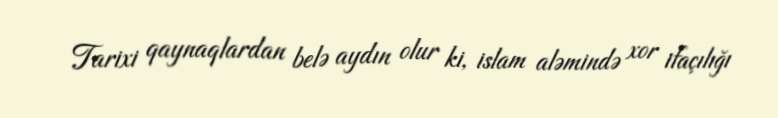
Tarixi qaynaqlardan belə aydın olur ki, islam aləmində xor ifaçılığı